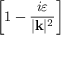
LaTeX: \left[ 1 - \frac { i \varepsilon } { | \mathbf { k } | ^ { 2 } } \right]